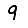
Digit: 9